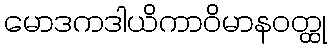
မောဒကဒါယိကာဝိမာနဝတ္ထု